Riigikantselei, lk 8
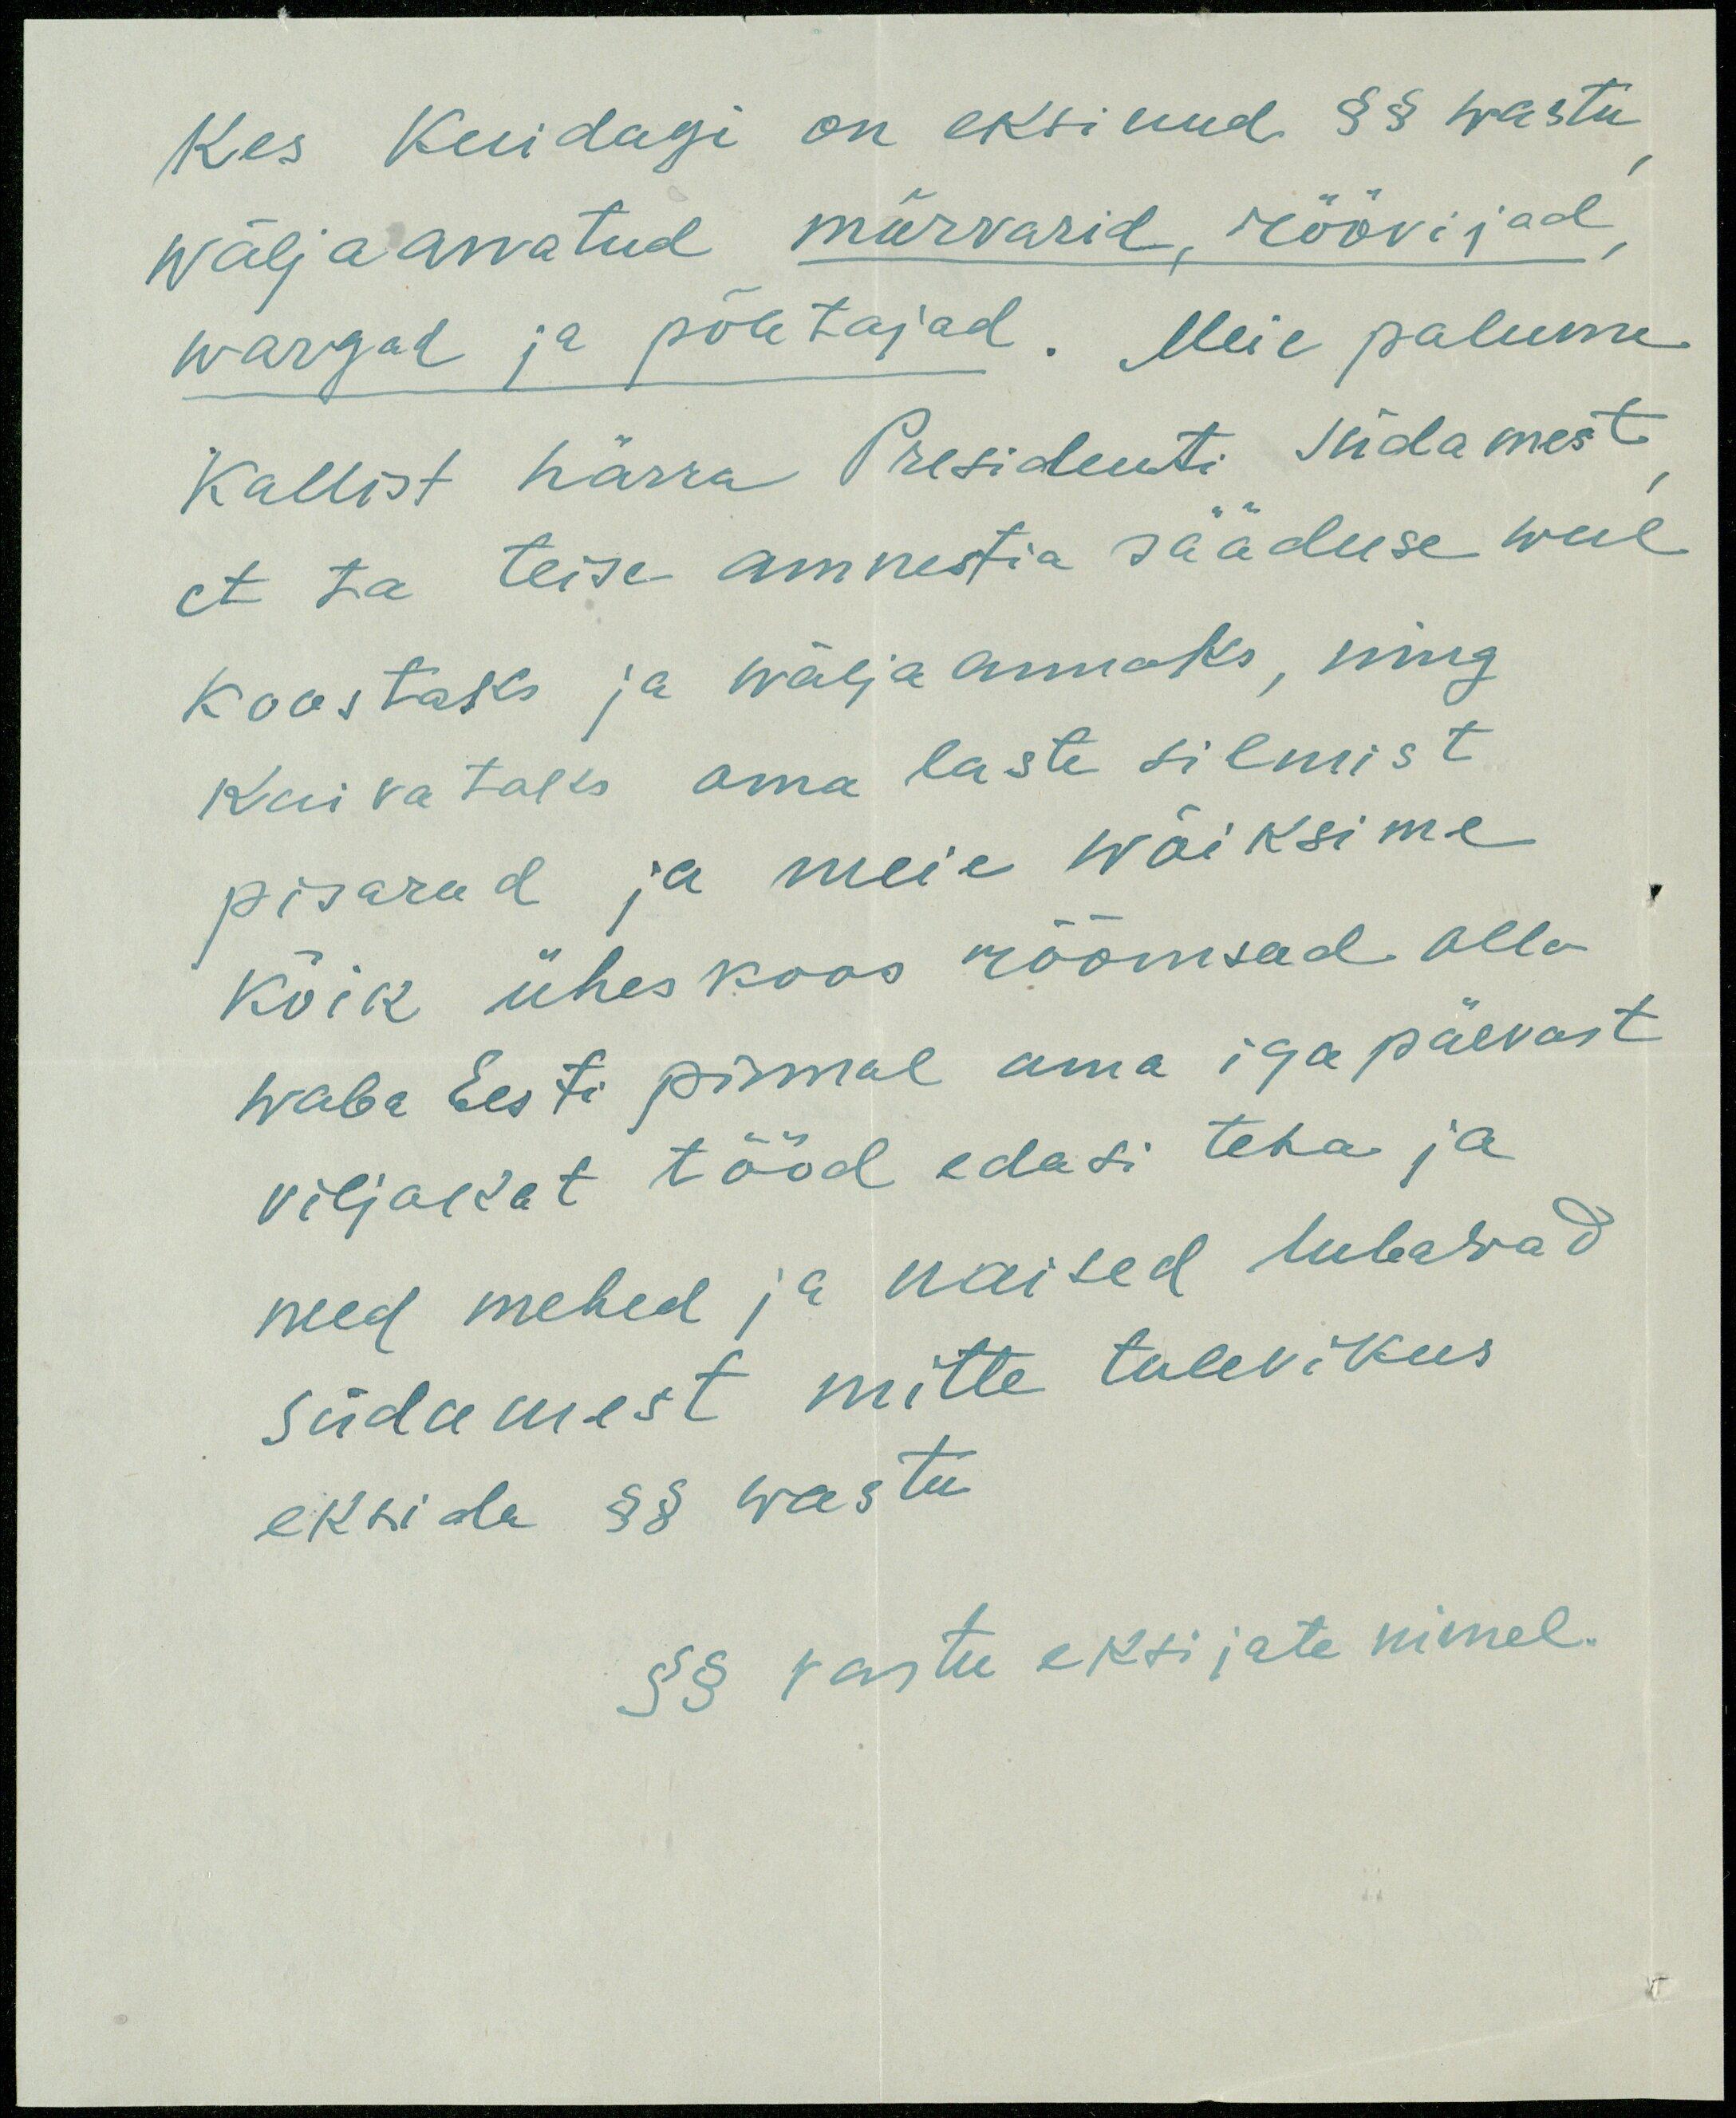
kes kuidagi on eksinud §§ wastu
wäljaarvatud mõrvarid, röövijad
wargad ja põletajad. Meie palume
Kallist härra Presidenti südamest
et ta teise amnestia sääduse weel
koostaks ja wälja annaks, ning
kuivataks oma laste silmist
pisarad ja meie wõiksime
kõik üheskoos rõõmsad olla
waba Eesti pinnal oma iga päevast
viljakat tööd edasi teha ja
need mehed ja naised lubavad
südamest mitte tulevikus
eksida §§ wastu
§§ vastu eksijate nimel.